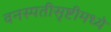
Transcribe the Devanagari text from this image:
वनस्पतीसृष्टीमध्ये